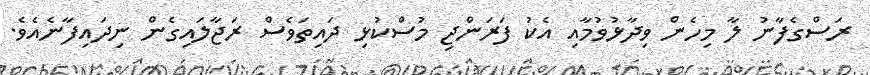
ރަސްގެފާނު ލާ މިހެން ވިދާޅުވުމާއި އެކު ފަރަންޖި މުސްކުޅި ދައިތަވެސް ރަޖާލައިގެން ނިދައިފާނެއެވެ.